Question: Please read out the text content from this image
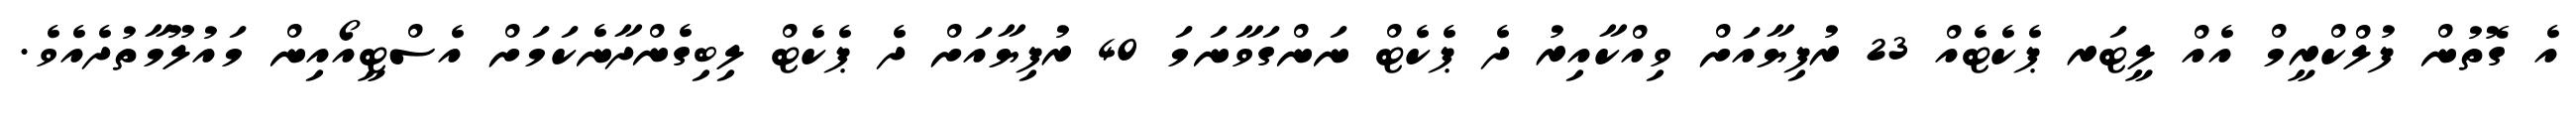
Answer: އެ ގޮތުން ފުލްކްރީމް އެއް ލީޓަރ ޕެކެޓެއް 23 ރުފިޔާއަށް ވިއްކާއިރު ދެ ޕެކެޓް ނަންގަވާނަމަ 40 ރުފިޔާއަށް ދެ ޕެކެޓް ލިބިގެންދާނެކަމަށް އެސްޓީއޯއިން މައުލޫމާތުދެއެވެ.